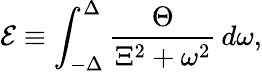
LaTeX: \mathcal{E}\equiv\int_{-\Delta}^{\Delta}\frac{\Theta}{\Xi^{2}+\omega^{2}}\, d\omega,